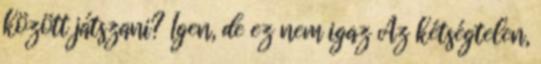
között játszani? Igen, de ez nem igaz Az kétségtelen,